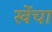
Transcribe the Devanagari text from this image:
खेंचा